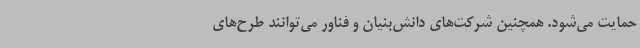
حمایت می‌شود. همچنین شرکت‌های دانش‌بنیان و فناور می‌توانند طرح‌های